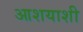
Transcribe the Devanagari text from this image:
आशयाशी